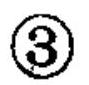
\textcircled{3}